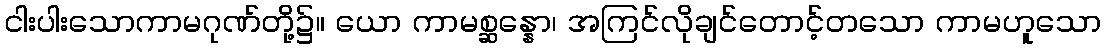
ငါးပါးသောကာမဂုဏ်တို့၌။ ယော ကာမစ္ဆန္နော၊ အကြင်လိုချင်တောင့်တသော ကာမဟူသော